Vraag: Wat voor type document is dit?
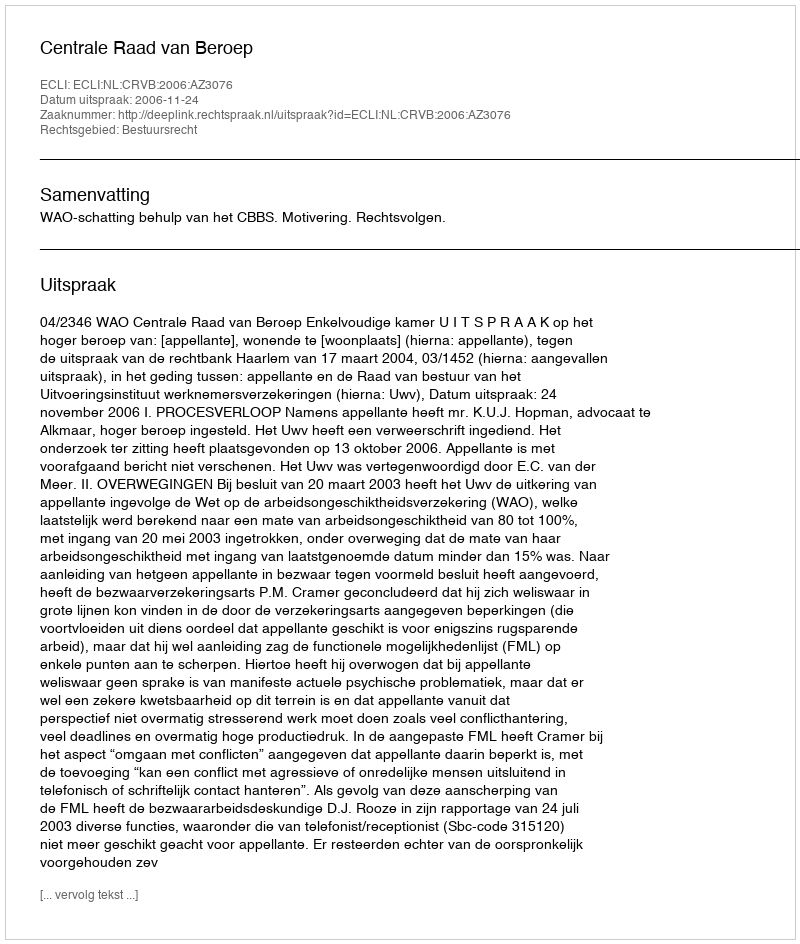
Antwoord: Uitspraak